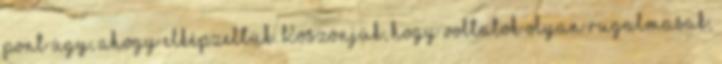
pont úgy, ahogy elképzeltük. Köszönjük, hogy voltatok olyan rugalmasak,